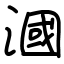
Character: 漍